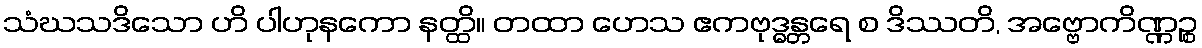
သံဃသဒိသော ဟိ ပါဟုနကော နတ္ထိ။ တထာ ဟေသ ဧကဗုဒ္ဓန္တရေ စ ဒိဿတိ, အဗ္ဗောကိဏ္ဏဉ္စ